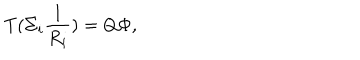
T ( \Sigma _ { i } \frac { 1 } { R _ { i } } ) = Q { \Phi } ,